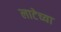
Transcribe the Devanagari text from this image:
लाटेच्या